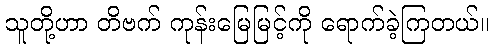
သူတို့ဟာ တိဗက် ကုန်းမြေမြင့်ကို ရောက်ခဲ့ကြတယ်။